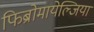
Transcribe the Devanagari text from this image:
फिब्रोमायेल्जिया